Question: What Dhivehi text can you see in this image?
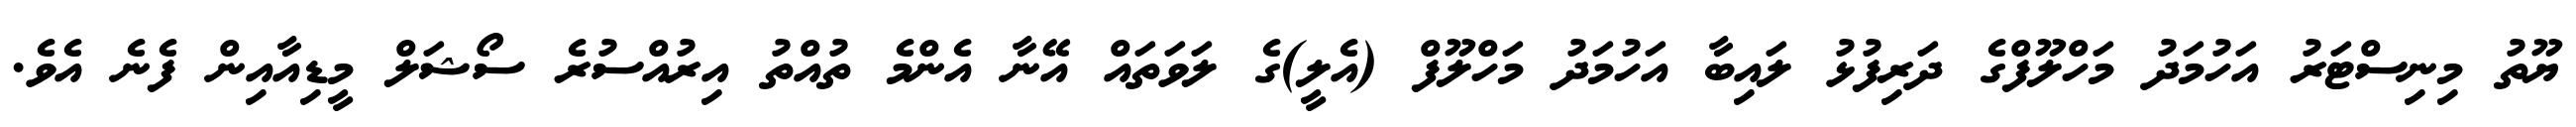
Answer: ޔޫތު މިނިސްޓަރު އަހުމަދު މަހްލޫފްގެ ދަރިފުޅު ލައިބާ އަހުމަދު މަހްލޫފް (އެލީ)ގެ ލަވަތައް އޭނާ އެންމެ ތުއްތު އިރުއްސުރެ ސޯޝަލް މީޑިއާއިން ފެނެ އެވެ.